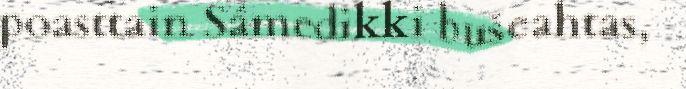
poasttain Sámedikki bušeahtas,